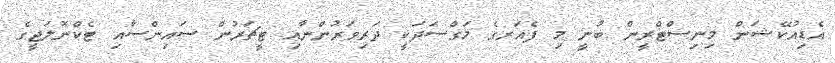
އެޑިއުކޭޝަން މިނިސްޓްރީން ބުނީ މި ފެއަރގެ މަގްސަދަކީ ދަރިވަރުންނާއި ޓީޗަރުން ސައިންސާއި ޓެކްނޮލަޖީގެ